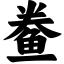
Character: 鲞